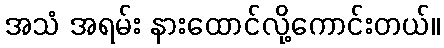
အသံ အရမ်း နားထောင်လို့ကောင်းတယ်။